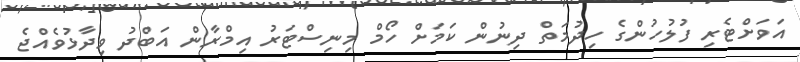
އަވަށްޓެރި ފުލުހުންގެ ހިދުމަތް ދިނުން ކަމަށް ހޯމް މިނިސްޓަރު އިމްރާން އަބްދު ވިދާޅުވެއްޖެ